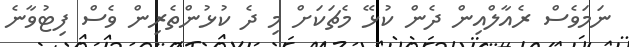
ނަމަވެސް ރެއާލްއިން ދެން ކުޅޭ މެޗަކަށް މި ދެ ކުޅުންތެރިން ވެސް ފިޓުވާނެ